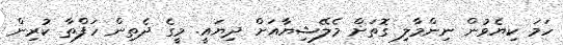
ހަމަ ކިޔެވުން ނިންމާލި ގޮތަށް މެލޭޝިޔާއަށް ދިޔައީ. މީގެ ދެތިން ހަފްތާ ކުރިން